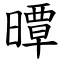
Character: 曋